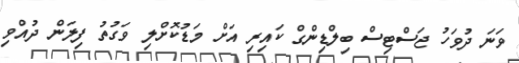
ވަނަ ދުވަހު ޖަސްޓިސް ބިލްޑިންގް ކައިރި އަށް މަޑުކޮށްލި ވަގުތު ފިލަން ދުއްވި